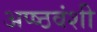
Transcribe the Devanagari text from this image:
अप्ष्ठवंशी